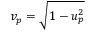
v _ { p } = \sqrt { 1 - u _ { p } ^ { 2 } }